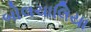
બોલચાલિયા